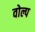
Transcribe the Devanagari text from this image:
वोल्प